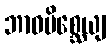
ဘာဝမိစ္ဆေယျ